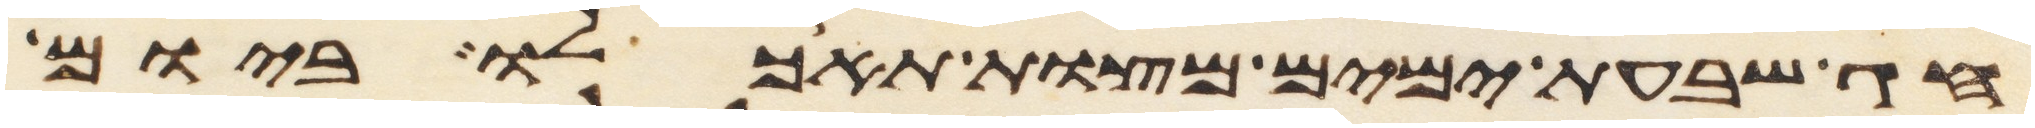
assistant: חג שבעת ימים מצות תאכלו ביום